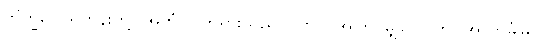
ဘိက္ခဝေ၊ ရဟန်းတို့။ အဟံ၊ ငါဘုရားသည်။ ယာဝ၊ အကြင်မျှလောက်။ အာကင်္ခါမိ၊